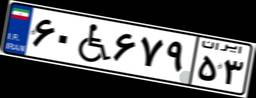
۶۰W۶۷۹۵۳